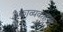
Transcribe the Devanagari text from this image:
काव्यकारण